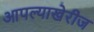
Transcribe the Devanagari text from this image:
आपल्याखेरीज